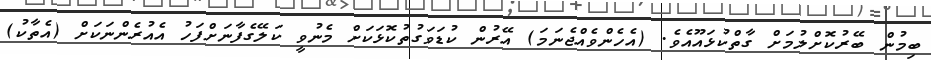
ބިމުން ބޭރުކޮށްލުމަށް ގާތްކުޅައޫއެވެ. (އެހެންވެއްޖެނަމަ) އޭރުން ކުޑަވަގުތުކޮޅަކަށް މެނުވީ ކަލޭގެފާނަށްފަހު އެއުރެންނަކަށް (އެތާކު)